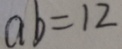
a b = 1 2